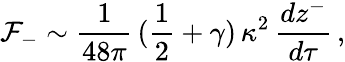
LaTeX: \mathcal{F}_{-}\sim\frac{{1}}{{48\pi}}\, (\frac{{1}}{{2}}+\gamma)\, \kappa^{2}\, \frac{{dz^{-}}}{{d\tau}}\, ,